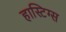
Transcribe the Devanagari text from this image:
हास्टिग्स